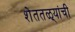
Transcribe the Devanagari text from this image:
शेततळ्यांची